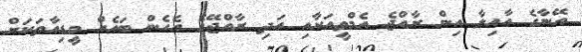
އޭނާގެ އާއިލާ އިން ރާއްޖެ އެމްވީއަށާއި އަދި ރާއްޖޭގެ އެހެން ބައެއް މީޑިއާތަކަށް